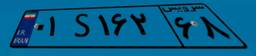
۲۳S۹۴۹۴۲